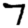
Digit: 7